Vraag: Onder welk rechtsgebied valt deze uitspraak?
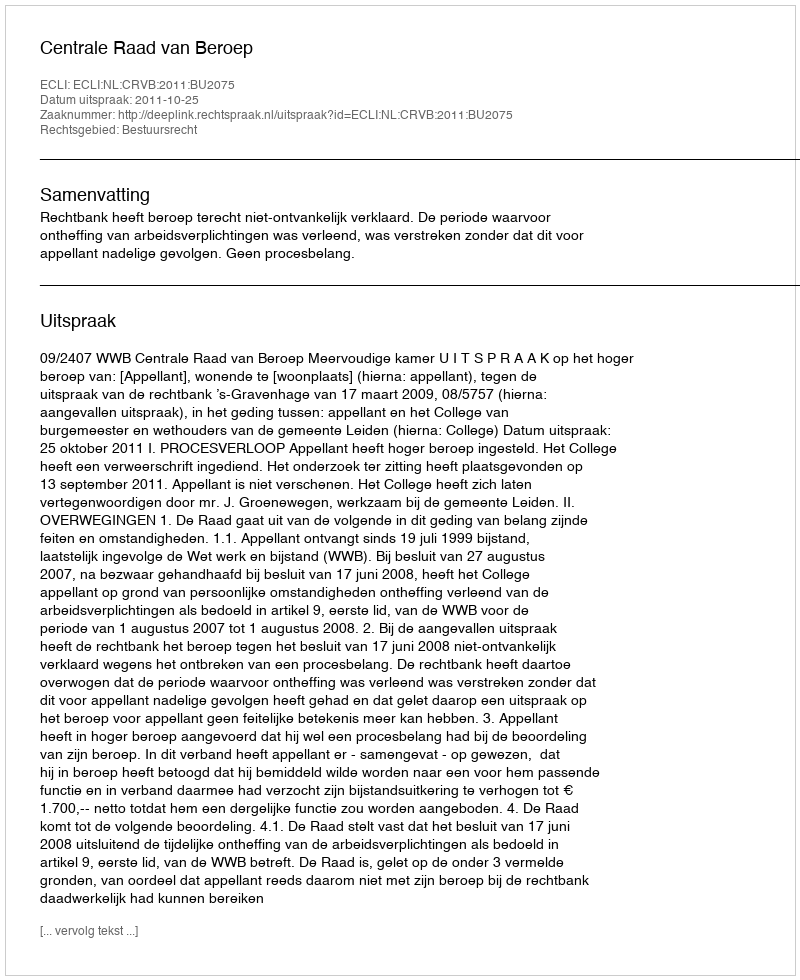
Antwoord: Bestuursrecht